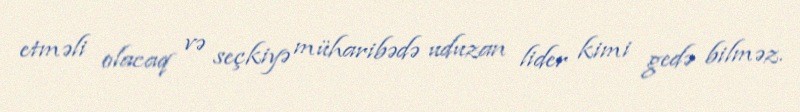
etməli olacaq və seçkiyə müharibədə uduzan lider kimi gedə bilməz.